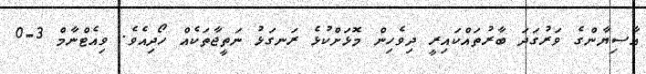
އާސިޔާންގެ ވަރުގަދަ ބާރުތައްކައިރީ ދިވެހިން މޮޅަށްކުޅެ ރަނގަޅު ނަތީޖާތަކެއް ހޯދިއެވެ. ވިއެޓްނާމް 3-0